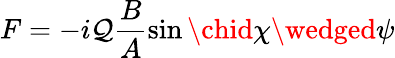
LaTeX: F=-i\mathcal{Q}\frac{{B}}{{A}}\sin\chid\chi\wedged\psi